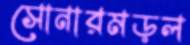
সোনারমড়ল